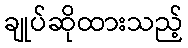
ချုပ်ဆိုထားသည့်